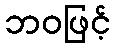
ဘဝဖြင့်